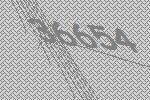
36654